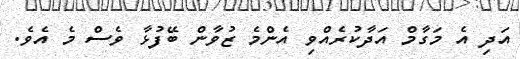
އަދި އެ މަގާމް އަދާކުރެއްވި އެންމެ ޒުވާން ބޭފުޅާ ވެސް މެ އެވެ.